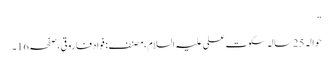
“
حوالہ 25سالہ سکوتِ علی علیہ السلام،مصنف: فواد فاروقی،صفحہ16۔